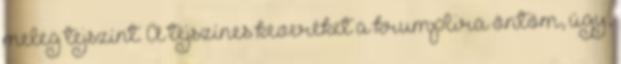
meleg tejszínt. A tejszínes keveréket a krumplira öntöm, úgy,